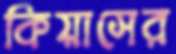
কিয়াসের